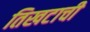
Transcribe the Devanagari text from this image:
तिखटाची